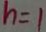
h = 1